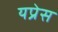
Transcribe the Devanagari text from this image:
यप्रेस